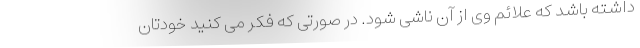
داشته باشد که علائم وی از آن ناشی شود. در صورتی که فکر می کنید خودتان